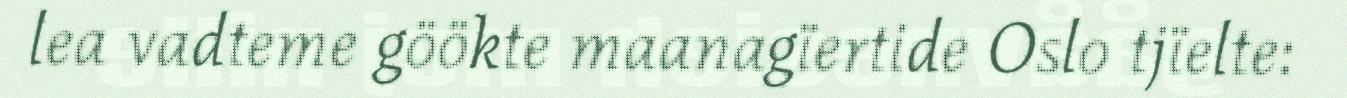
lea vadteme göökte maanagïertide Oslo tjïelte: